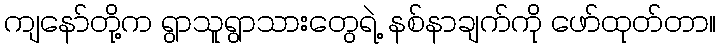
ကျနော်တို့က ရွာသူရွာသားတွေရဲ့ နစ်နာချက်ကို ဖော်ထုတ်တာ။